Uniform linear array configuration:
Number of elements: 12
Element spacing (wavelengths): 0.5
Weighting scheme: binomial
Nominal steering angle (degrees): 45
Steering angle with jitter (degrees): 43.46
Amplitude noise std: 0.05
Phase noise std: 0.05

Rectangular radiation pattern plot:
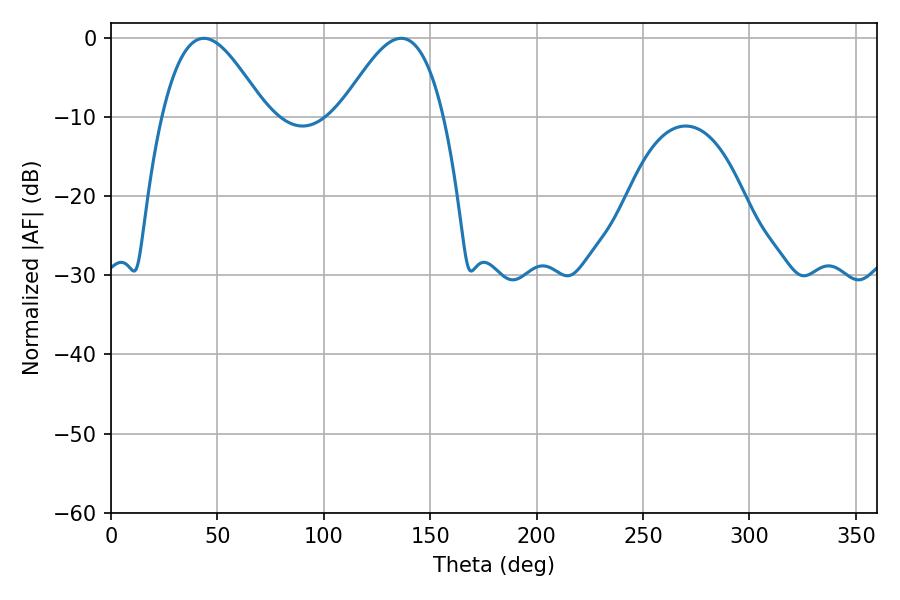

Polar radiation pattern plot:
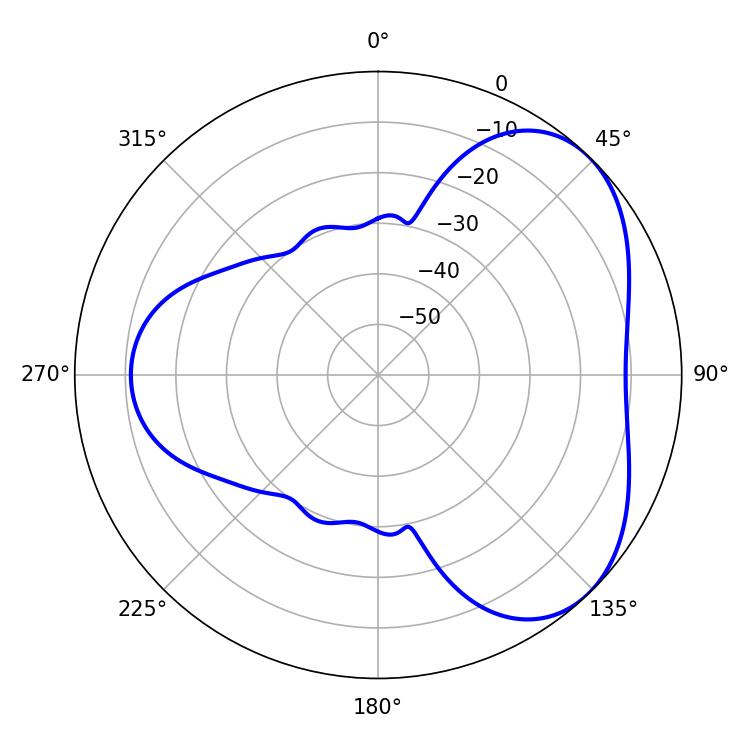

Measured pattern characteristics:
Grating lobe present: FALSE
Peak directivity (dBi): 4.535
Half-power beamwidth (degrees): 26.28
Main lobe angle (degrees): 43.56